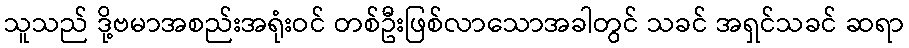
သူသည် ဒို့ဗမာအစည်းအရုံးဝင် တစ်ဦးဖြစ်လာသောအခါတွင် သခင် အရှင်သခင် ဆရာ